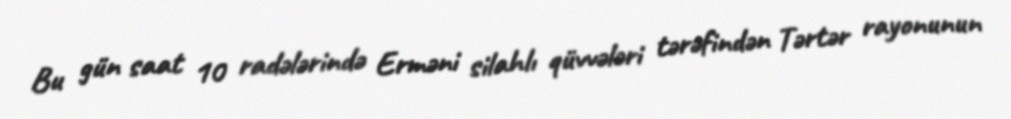
Bu gün saat 10 radələrində Erməni silahlı qüvvələri tərəfindən Tərtər rayonunun